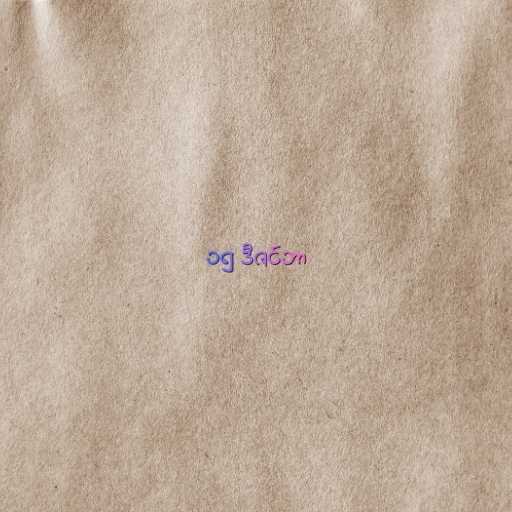
၁၅ ဒီဇင်ဘာ